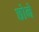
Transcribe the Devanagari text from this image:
छोने